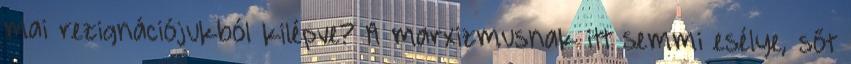
mai rezignációjukból kilépve? A marxizmusnak itt semmi esélye, sőt